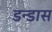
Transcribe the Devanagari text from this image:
डन्डास